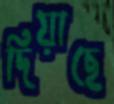
দিয়াছে